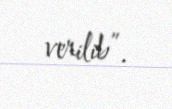
verilib”.